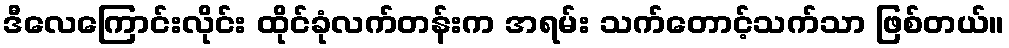
ဒီလေကြောင်းလိုင်း ထိုင်ခုံလက်တန်းက အရမ်း သက်တောင့်သက်သာ ဖြစ်တယ်။